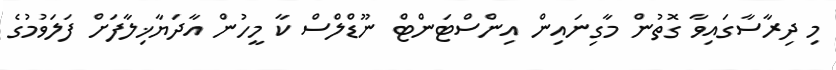
މި ދިރާސާގައިވާ ގޮތުން މާގިނައިން އިންސްޓަންޓް ނޫޑްލްސް ކާ މީހުން އާދަޔާޚިލާފަށް ފަލަވުމުގެ